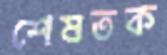
শেষতক